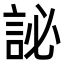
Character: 䛑